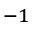
^ { - 1 }